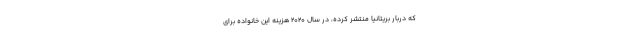
که دربار بریتانیا منتشر کرده، در سال ۲۰۲۰ هزینه این خانواده برای